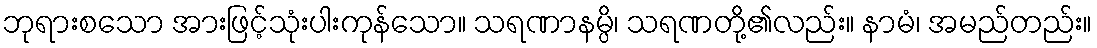
ဘုရားစသော အားဖြင့်သုံးပါးကုန်သော။ သရဏာနမ္ပိ၊ သရဏတို့၏လည်း။ နာမံ၊ အမည်တည်း။